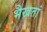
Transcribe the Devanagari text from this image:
भैखतां